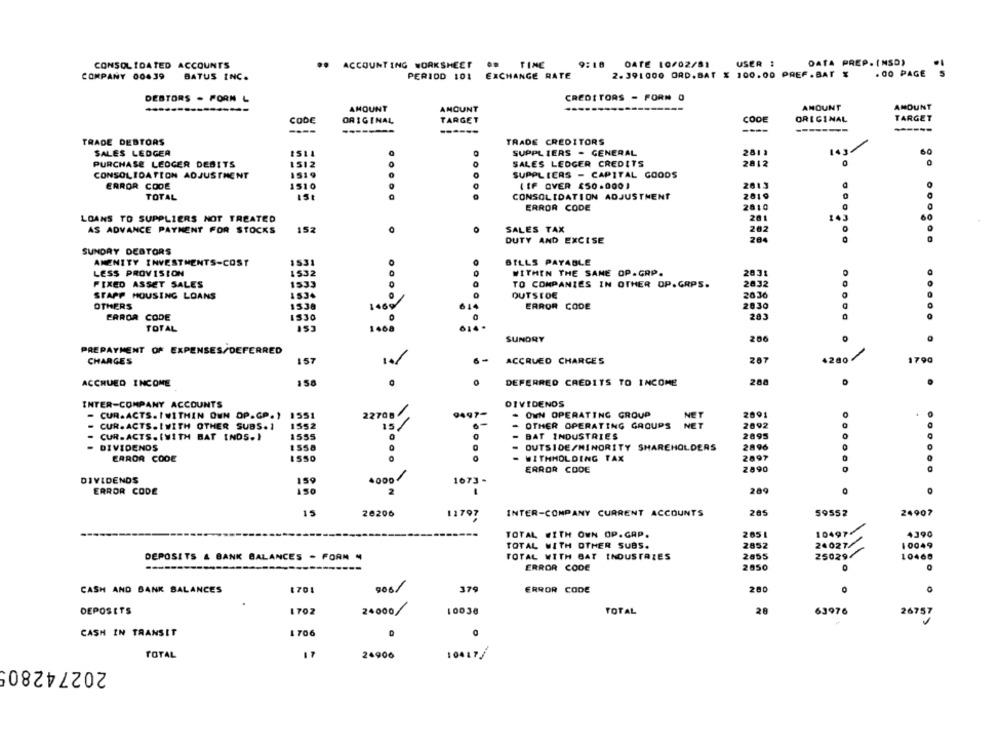
CONSOLIDATED ACCOUNTS
.. ACCOUNTING WORKSHEET OR TIME
9:18 DATE 10/02/81
USER :
DATA PREP. (NSD)
PERIOD 101 EXCHANGE RATE
2.391000 ORD.BAT % 100.00 PREF . BAT %
. 00 PAGE
COMPANY 00439
BATUS INC.
DEBTORS . PORN L
CREDITORS - FORM O
AMOUNT
AMOUNT
--------
AMOUNT
AMOUNT
CODE
ORIGINAL
TARGET
CODE
ORIGINAL
TARGET
------
----
TRADE DEBTORS
TRADE CREDITORS
SALES LEDGER
SUPPL IERS - GENERAL
281 1
143
60
PURCHASE LEDGER DEBITS
1512
SALES LEDGER CREDITS
2812
CONSOLIDATION ADJUSTMENT
1519
SUPPLIERS - CAPITAL GOODS
ERROR CODE
1510
( IF OVER $50.000)
2013
2019
TOTAL
.....
CONSOLIDATION ADJUSTMENT
0
ERROR CODE
2010
0
143
60
LOANS TO SUPPLIERS NOT TREATED
201
AS ADVANCE PAYMENT FOR STOCKS
152
SALES TAX
202
DUTY AND EXCISE
204
SUNDAY DEBTORS
AMENITY INVESTMENTS-COST
1531
BILLS PAYABLE
LESS PROVISION
1532
WITHIN THE SAME OP.GRP.
2031
FIXED ASSET SALES
1533
TO COMPANIES IN OTHER OP.GRPS.
2832
STAPP HOUSING LOANS
1534
OUTSIDE
2036
OTHERS
1538
ERROR CODE
2830
ERROR CODE
IS30
283
TOTAL
SUNDRY
206
PREPAYMENT OF EXPENSES/DEFERRED
287
CHARGES
157
1.1
6-
ACCRUED CHARGES
1790
158
DEFERRED CREDITS TO INCOME
288
ACCRUED INCOME
.
..
INTER-COMPANY ACCOUNTS
DIVIDENDS
CUR.ACTS. I WITHIN OWN OP.G.P. )
1551
22708/
9497-
- OWN OPERATING GROUP
NET
2891
CUR. ACTS.IWITH OTHER SUBS. 1
1552
IS
OTHER OPERATING GROUPS
NET
2092
.-
2095
CUR-ACTS. (WITH BAT INDS.}
1535
BAT INDUSTRIES
DIVIDENDS
OUTSIDE/MINORITY SHAREHOLDERS
2896
ERROR CODE
ISSO
WITHHOLDING TAX
2897
ERROR CODE
2890
1673 -
DIVIDENDS
159
ERROR CODE
150
2
289
15
26206
11797
INTER-COMPANY CURRENT ACCOUNTS
265
59552
24907
TOTAL WITH OWN OP.GAP.
205 1
10497
TOTAL WITH OTHER SUBS.
2852
24027/
10049
/
DEPOSITS & BANK BALANCES - FORM "
TOTAL WITH BAT INDUSTRIES
2055
250294
10460
ERROR CODE
2850
CASH AND BANK BALANCES
1701
379
ERROR CODE
280
0
DEPOSITS
1702
24000/
10038
TOTAL
28
63976
26757
CASH IN TRANSIT
1706
TOTAL
24906
10017 /
202742805